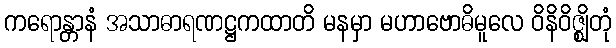
ကရောန္တာနံ အသာဓာရဏဋ္ဌကထာတိ မနမှာ မဟာဗောဓိမူလေ ဝိနိဝိဇ္ဈိတုံ